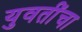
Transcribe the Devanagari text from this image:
युवतींचा